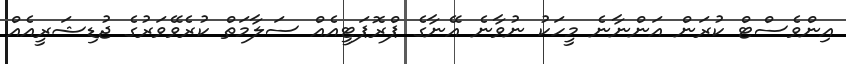
އިންވެސްޓް ކުރަން އަންނާނެ މީހަކު ނުވާނެ އޭނާގެ ޕްރޮޕަޓީއެއް ސަލާމަތް ކުރެވޭވަރުގެ ޖުޑިޝަރީއެއް